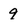
Character: 9